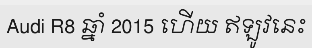
Audi R8 ឆ្នាំ 2015 ហើយ ឥឡូវនេះ